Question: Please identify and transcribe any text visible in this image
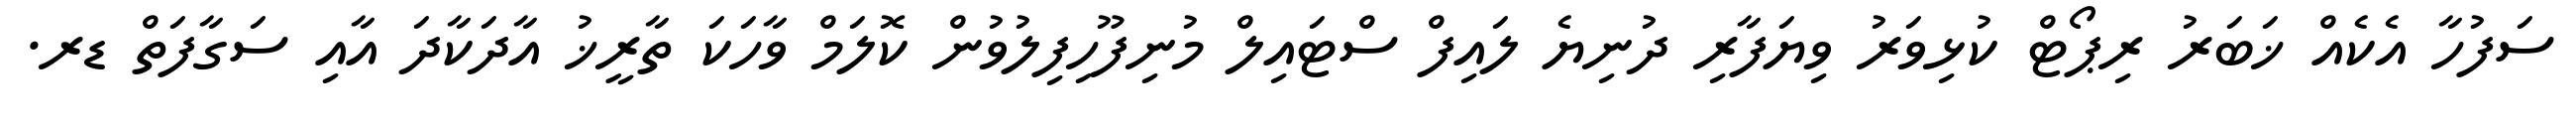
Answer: ސަފުހާ އެކެއް ޚަބަރު ރިޕޯޓް ކުޅިވަރު ވިޔަފާރި ދުނިޔެ ލައިފް ސްޓައިލް މުނިފޫހިފިލުވުން ކޮލަމް ވާހަކަ ތާރީޚު އާދަކާދަ އާއި ސަގާފަތް ޑރ.